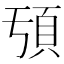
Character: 𩑕